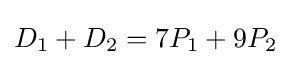
D_{1}+D_{2}=7P_{1}+9P_{2}